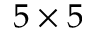
5 \times 5